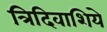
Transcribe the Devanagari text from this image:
त्रिदिवाशिये